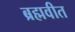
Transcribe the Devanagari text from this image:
ब्रह्मवीत